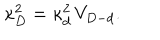
\kappa _ { D } ^ { 2 } = \kappa _ { d } ^ { 2 } \, V _ { D - d } .